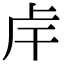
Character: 𢆌